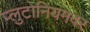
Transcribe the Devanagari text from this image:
प्लुटोनियमवर